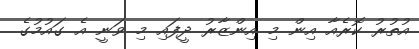
އުތުރު ކޮރެއާ އިން މި އިންޒާރު ދީފައި މި ވަނީ އެ ގައުމުގެ